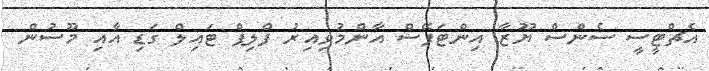
އެޗްޓީސީ ސެންސް ޔޫޒާ އިންޓަފޭސް އާންމުވިއިރު ފްލިޕް ޓައިލް ގަޑި އާއި މޫސުން